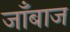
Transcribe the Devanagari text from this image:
जाँबाज